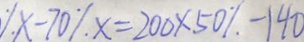
x - 7 0 ^ { \circ } x = 2 0 0 \times 5 0 \% - 1 4 0